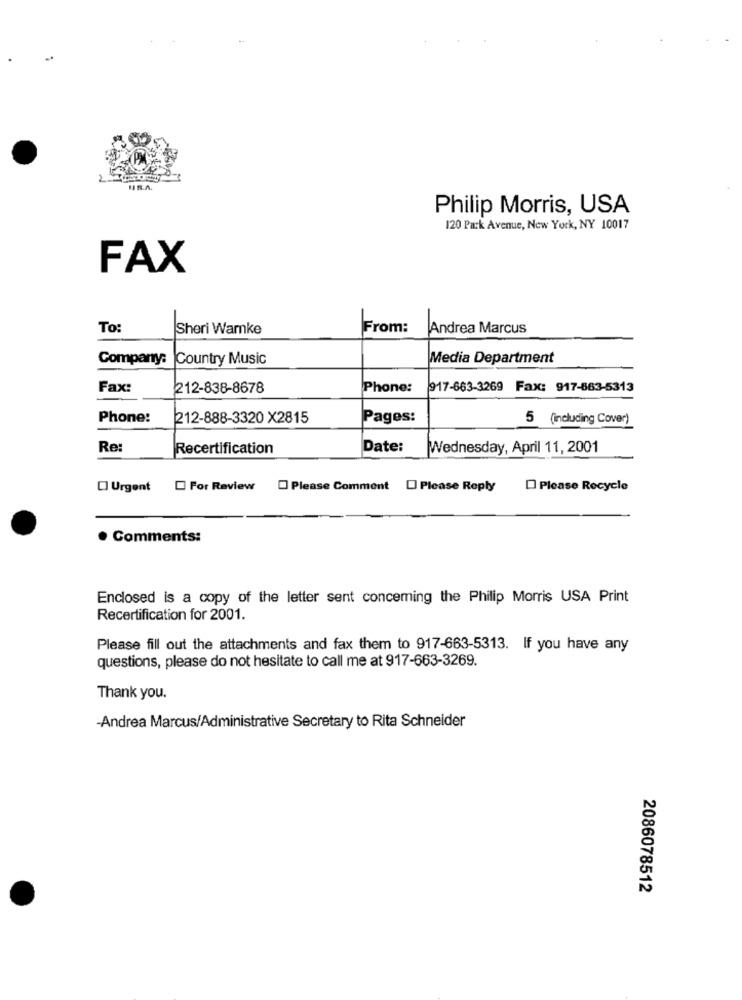
Philip Morris, USA
120 Park Avenue, New York, NY 10017
FAX
To:
Sheri Warnke
From:
Andrea Marcus
Company:
Country Music
Media Department
Fax:
212-838-8678
Phone:
917-663-3269 Fax: 917-663-5313
Phone:
212-888-3320 X2815
Pages:
5 (including Cover)
Re:
Recertification
Date:
Wednesday, April 11, 2001
Urgent
For Review [ Please Comment [ Please Reply
Please Recycle
Comments:
Enclosed is a copy of the letter sent conceming the Philip Morris USA Print
Recertification for 2001.
Please fill out the attachments and fax them to 917-663-5313. If you have any
questions, please do not hesitate to call me at 917-663-3269.
Thank you.
-Andrea Marcus/Administrative Secretary to Rita Schneider
2086078512